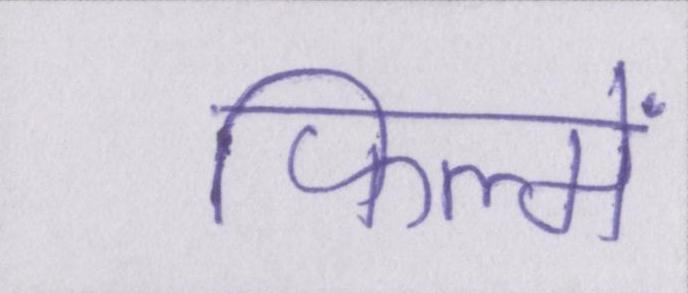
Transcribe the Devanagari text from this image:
फिल्में